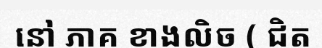
នៅ ភាគ ខាងលិច ( ជិត